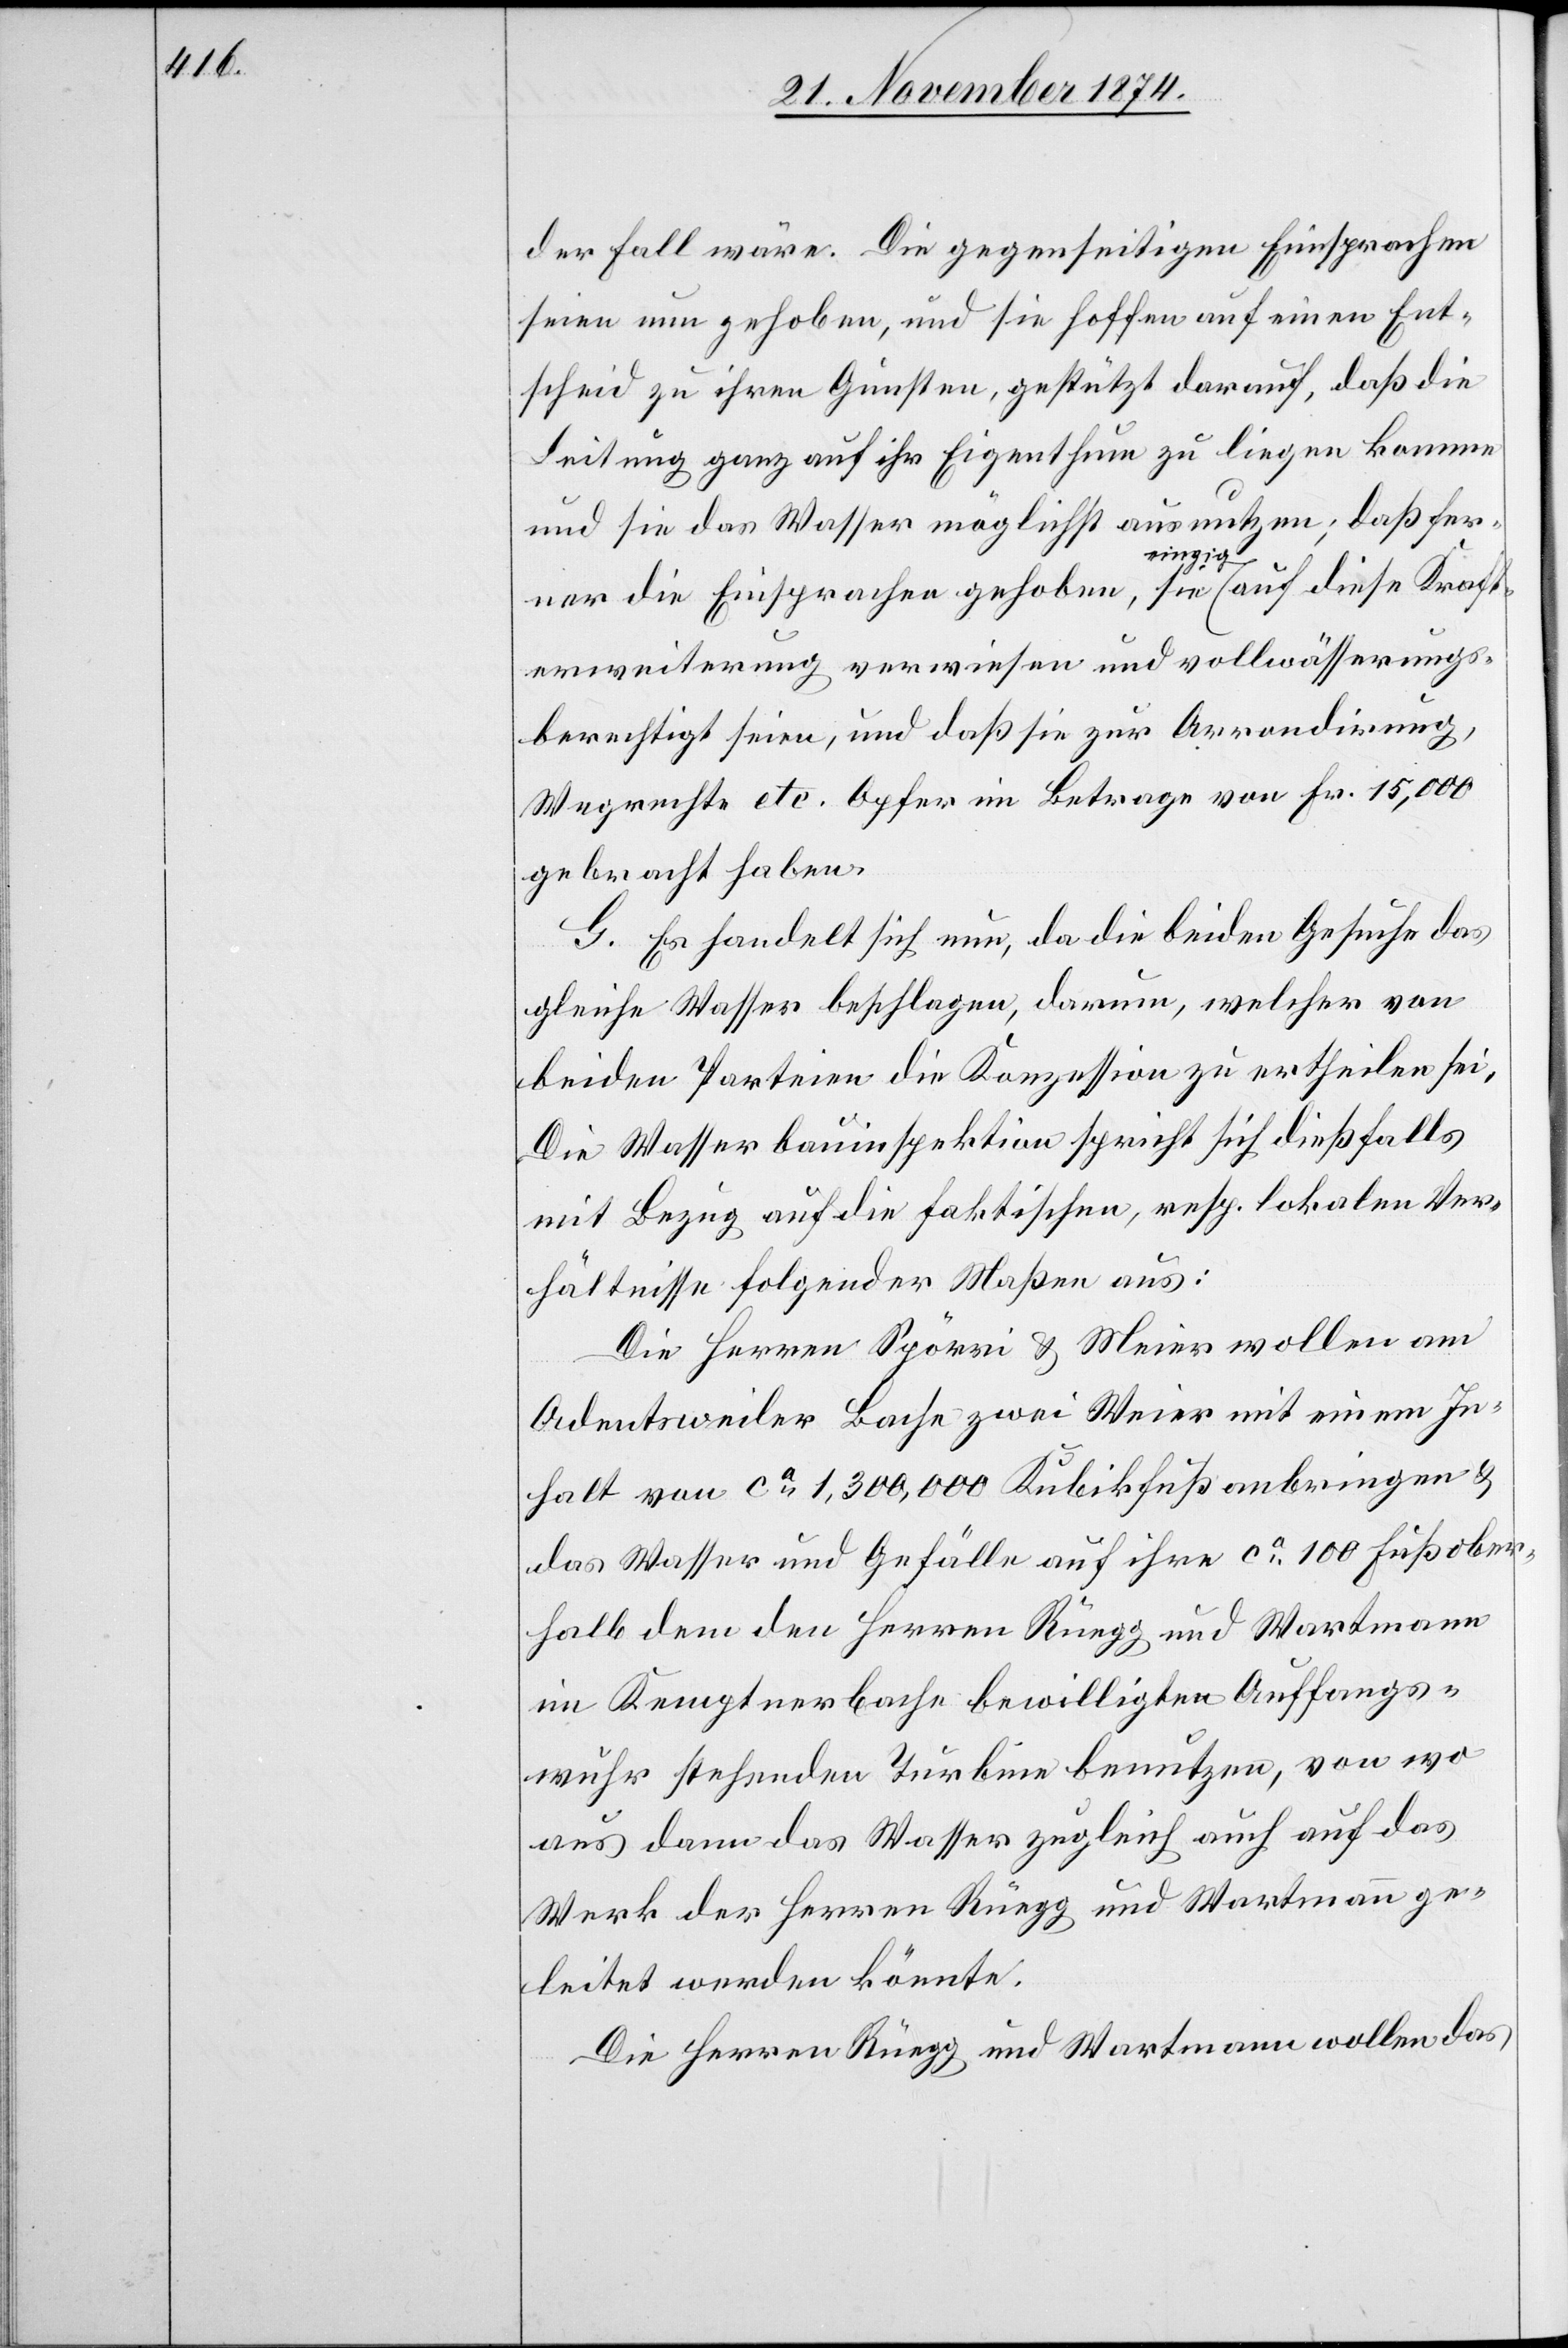
der Fall wäre. Die gegenseitigen Einsprachen
seien nun gehoben, und sie hoffen auf einen Ent¬
scheid zu ihren Gunsten, gestützt darauf, daß die
Leitung ganz auf ihr Eigenthum zu liegen komme
und sie das Wasser möglichst ausnutzen; daß fer¬
ner die Einsprachen gehoben, sie a-einzig-a auf diese Kraft¬
erweiterung verwiesen und vollwässerungs¬
berechtigt seien, und daß sie zur Arrondirung,
Wegrechte etc. Opfer im Betrage von Fr. 15,000
gebracht haben.
G. Es handelt sich nun, da die beiden Gesuche das
gleiche Wasser beschlagen, darum, welcher von
beiden Parteien die Konzession zu ertheilen sei.
Die Wasserbauinspektion spricht sich dießfalls
mit Bezug auf die faktischen, resp. lokalen Ver¬
hältnisse folgender Maßen aus:
Die Herren Spörri & Meier wollen am
Adentsweiler Bache zwei Weier mit einem In¬
halt von ca 1,300,000 Kubikfuß anbringen &
das Wasser und Gefälle auf ihre ca 100 Fuß ober¬
halb dem den Herren Rüegg und Wartmann
im Kemptnerbache bewilligten Auffangs¬
wuhr stehenden Turbine benutzen, von wo
aus dann das Wasser zugleich auch auf das
Werk der Herren Rüegg und Wartmann ge¬
leitet werden könnte.
Die Herren Rüegg und Wartmann wollen das